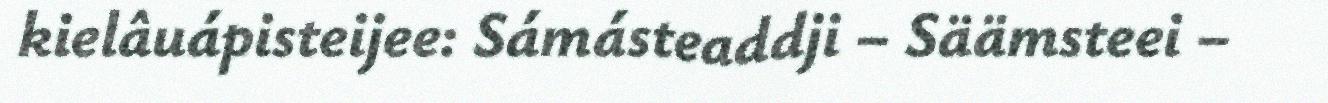
kielâuápisteijee: Sámásteaddji – Säämsteei –